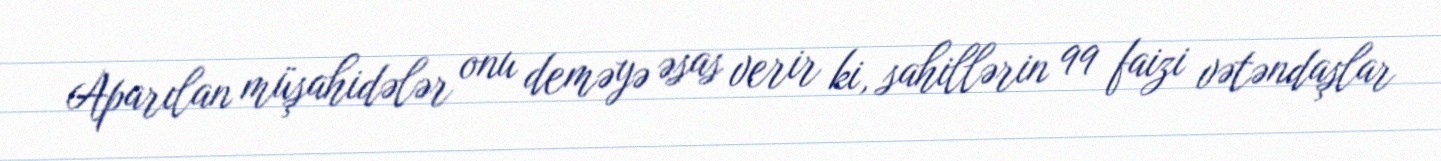
Aparılan müşahidələr onu deməyə əsas verir ki, sahillərin 99 faizi vətəndaşlar